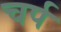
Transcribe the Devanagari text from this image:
चर्प